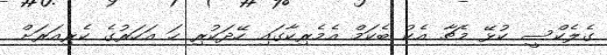
ގެލެކްސީ ކުޅޭ މެޗާ އެކު ބެކަމް އެމެރިކާގައި ހޭދަކުރި ހަ އަހަރުގެ ކެރިއަރަށް